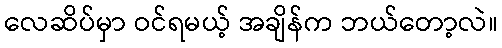
လေဆိပ်မှာ ဝင်ရမယ့် အချိန်က ဘယ်တော့လဲ။